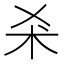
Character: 𣏂